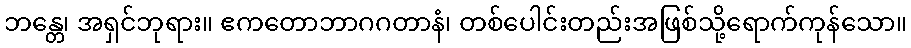
ဘန္တေ၊ အရှင်ဘုရား။ ဧကတောဘာဂဂတာနံ၊ တစ်ပေါင်းတည်းအဖြစ်သို့ရောက်ကုန်သော။